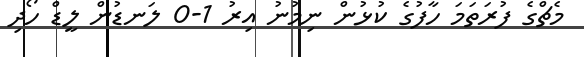
މެޗްގެ ފުރަތަމަ ހާފުގެ ކުޅުން ނިމުނު އިރު 1-0 ލަނޑުން ލީޑް ހޯދި